Report on sanitation, dispensaries, and jails in Rajputana for 1915, and on vaccination for the year 1915-1916 - 1915-1916
Year: 1915
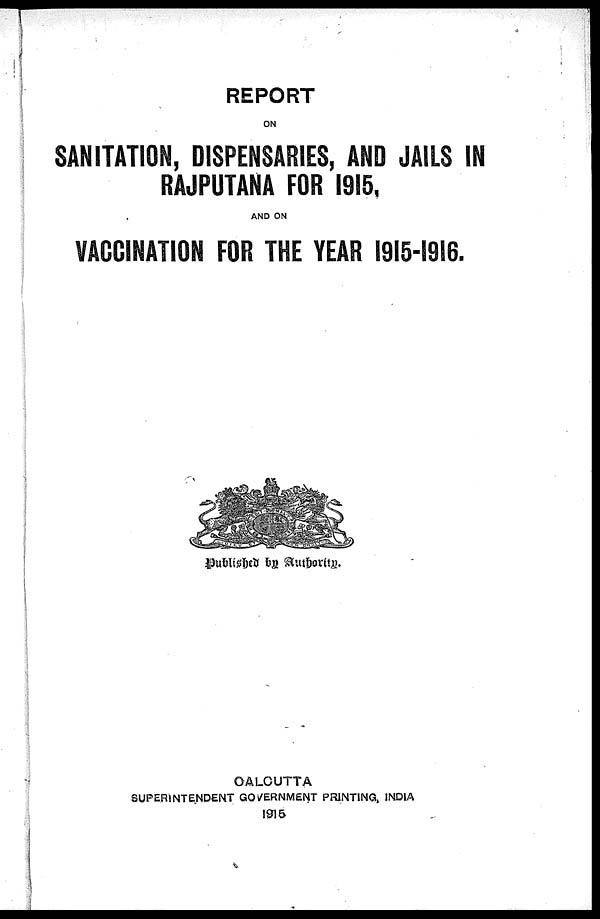
REPORT
ON
SANITATION, DISPENSARIES, AND JAILS IN
RAJPUTANA FOR 1915.
AND ON
VACCINATION FOR THE YEAR 1915-1916.
Published by Authority.
CALCUTTA
SUPERINTENDENT GOVERNMENT PRINTING, INDIA
1915